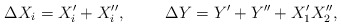
\begin{align*}\Delta X_i = X_i' + X_i'', \rule{1cm}{0cm} \Delta Y = Y' + Y'' + X_1'X_2'', \end{align*}